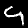
Digit: 4